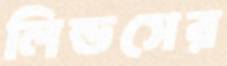
লিন্ডসের